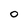
Character: 0